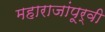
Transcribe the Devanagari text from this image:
महाराजांपूर्वी